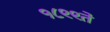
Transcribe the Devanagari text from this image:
१८९९ते